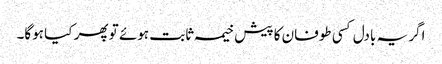
اگر یہ بادل کسی طوفان کا پیش خیمہ ثابت ہوئے تو پھر کیا ہوگا۔